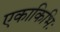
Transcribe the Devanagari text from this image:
एकाकिभिः